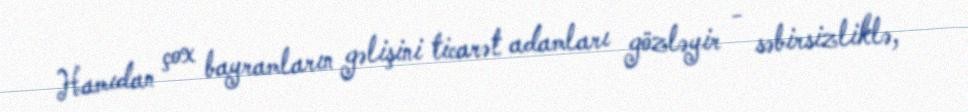
Hamıdan çox bayramların gəlişini ticarət adamları gözləyir - səbirsizliklə,